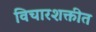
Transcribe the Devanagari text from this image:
विचारशक्तीत